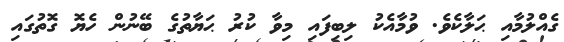
ގެއްލުމާއި ޙަލާކެވެ. ވުމާއެކު ލިބިފައި މިވާ ކުރު ޙަޔާތުގެ ބޭނުން ހެޔޮ ގޮތުގައި